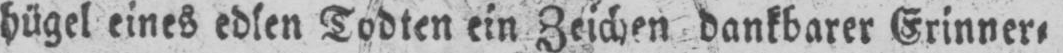
hügel eines edlen Todten ein Zeichen dankbarer Erinner⸗